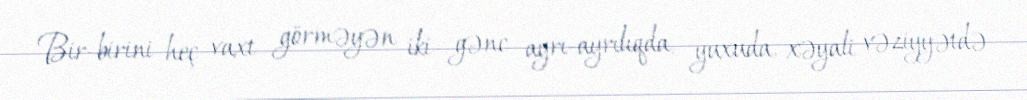
Bir-birini heç vaxt görməyən iki gənc ayrı-ayrılıqda, yuxuda, xəyali vəziyyətdə